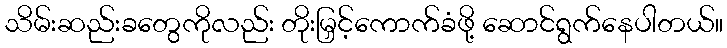
သိမ်းဆည်းခတွေကိုလည်း တိုးမြှင့်ကောက်ခံဖို့ ဆောင်ရွက်နေပါတယ်။